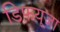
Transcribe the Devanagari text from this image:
डिफयूजा